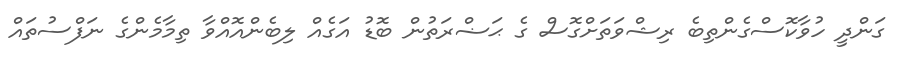
ގަންދީ ހުވާކޮސްގެންތިބެ ރިޝްވަތަށްގޮސް ގެ ޙަޟްރަތުން ބޮޑު އަގެއް ލިބެންއޮއްވާ ތިމާމެންގެ ނަފްސުތައް